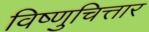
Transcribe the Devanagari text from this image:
विष्णुचित्तार